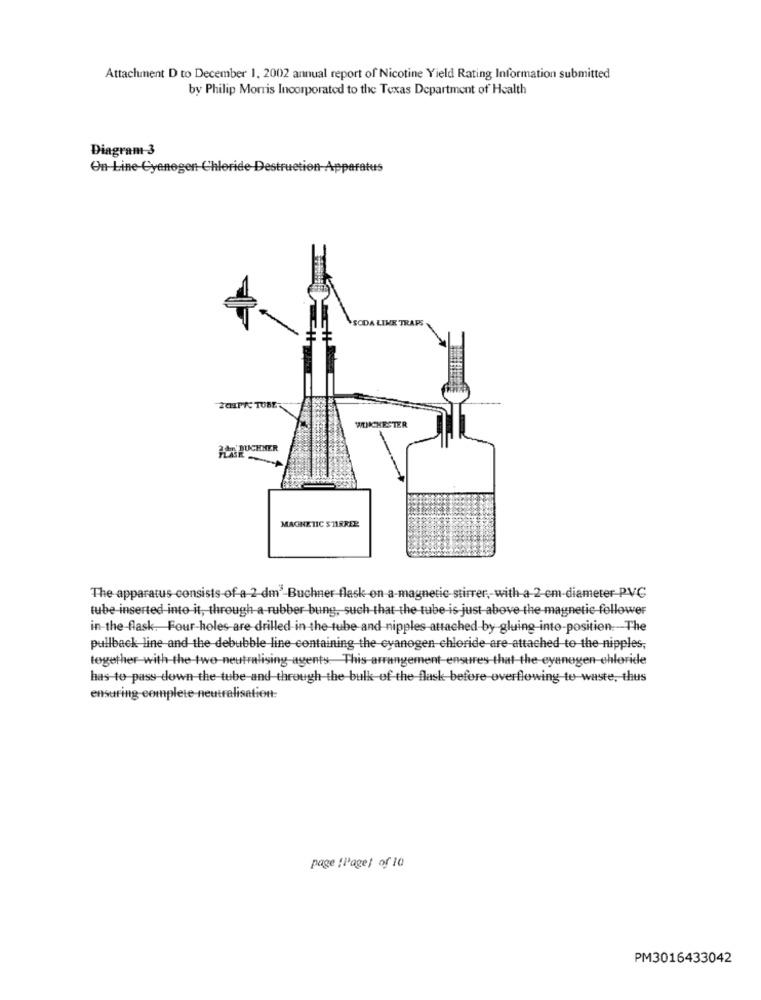
Attachment D to December 1, 2002 annual report of Nicotine Yield Rating Information submitted
by Philip Morris Incorporated to the Texas Department of Health
Diagram 3
On-Line-Cyanogen Chloride Destruction Apparatus
AM' BUCHNER
MAGNETIC STIRRER
The apparatus consists of a 2-dm -Buchner-flask on a-magnetic- stirrer, with-a-2-em-diameter PVC
tube inserted into it, through a rubber bung, such that the tube is just above the magnetic follower
in-the-flask. Four-holes-are drilled in the tube and nipples attached by gluing into-position. The
pullback line and the-debubble line-containing the cyanogen chloride are attached to-the-nipples;
together with-the-two-neutralising-agents This-arrangement-ensures that-the-cyanogen-chloride
has to pass down the tube and through the bulk of the flask before overflowing to waste, thus
ensuring-complete-neutralisationt:
page [Page] of 10
PM3016433042